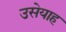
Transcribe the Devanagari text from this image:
उसेयाह